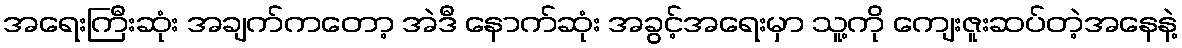
အရေးကြီးဆုံး အချက်ကတော့ အဲဒီ နောက်ဆုံး အခွင့်အရေးမှာ သူ့ကို ကျေးဇူးဆပ်တဲ့အနေနဲ့